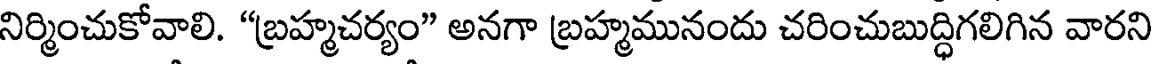
నిర్మించుకోవాలి. "బ్రహ్మచర్యం" అనగా బ్రహ్మమునందు చరించుబుద్ధిగలిగిన వారని